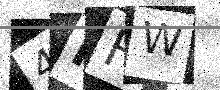
Text: 4KFW